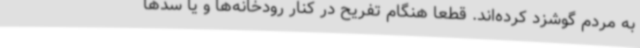
به مردم گوشزد کرده‌اند. قطعا هنگام تفریح در کنار رودخانه‌ها و یا سدها